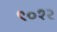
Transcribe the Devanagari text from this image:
९०१२